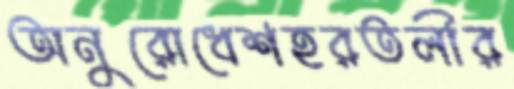
অনুরোধেশহরতলীর